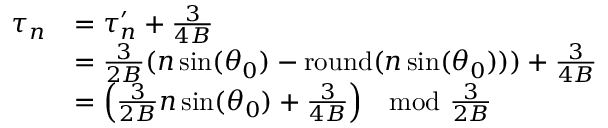
\begin{array} { r l } { \tau _ { n } } & { = \tau _ { n } ^ { \prime } + \frac { 3 } { 4 B } } \\ & { = \frac { 3 } { 2 B } ( n \sin ( \theta _ { 0 } ) - \mathrm { r o u n d } ( n \sin ( \theta _ { 0 } ) ) ) + \frac { 3 } { 4 B } } \\ & { = \left( \frac { 3 } { 2 B } n \sin ( \theta _ { 0 } ) + \frac { 3 } { 4 B } \right) \; \; \; \mathrm { m o d ~ } \frac { 3 } { 2 B } } \end{array}